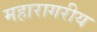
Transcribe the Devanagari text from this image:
महारागरीय